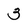
Character: 3